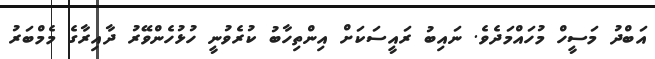
އަބްދު މަސީހް މުހައްމަދެވެ. ނައިބު ރައީސަކަށް އިންތިހާބު ކުރެވުނީ ހުޅުހެންވޭރު ދާއިރާގެ މެމްބަރު